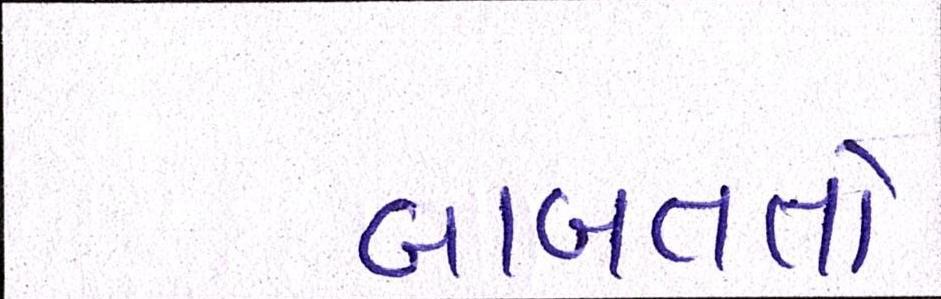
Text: બાબતતો